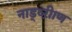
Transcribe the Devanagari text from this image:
नाड्व्ऱीाण